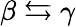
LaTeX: \beta\leftrightarrows\gamma